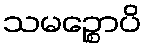
သမဉ္စောပိ